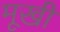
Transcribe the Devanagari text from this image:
मूखी